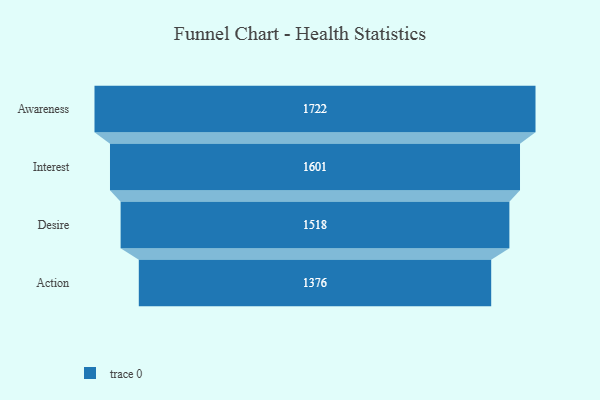
{"axis": {"x": "Stage", "y": "Value"}, "legend": [""], "data": [{"x": "Awareness", "y": 1722.0, "type": ""}, {"x": "Interest", "y": 1601.0, "type": ""}, {"x": "Desire", "y": 1518.0, "type": ""}, {"x": "Action", "y": 1376.0, "type": ""}]}